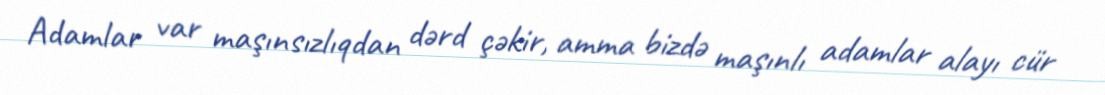
Adamlar var maşınsızlıqdan dərd çəkir, amma bizdə maşınlı adamlar alayı cür